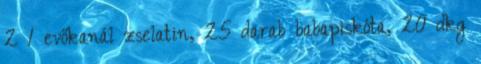
2 1 evőkanál zselatin, 25 darab babapiskóta, 20 dkg